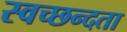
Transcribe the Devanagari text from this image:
स्‍वच्‍छन्‍दता